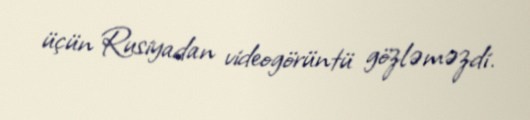
üçün Rusiyadan videogörüntü gözləməzdi.